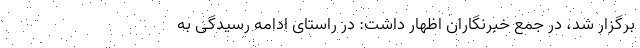
برگزار شد، در جمع خبرنگاران اظهار داشت: در راستای ادامه رسیدگی به